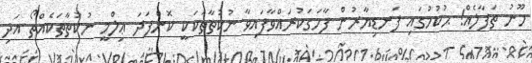
ހޫނު ތަފާލެއް! ޙުކުމުގައި ފަނޑިޔާރުން ފާހަގަކުރައްވާފައިވާ ނުކުތާތަކަކީ ކޮންފަދަ ޢިލްމީ ނުކުތާތަކެއްތޯ އަދި